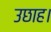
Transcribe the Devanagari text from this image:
उछाह।